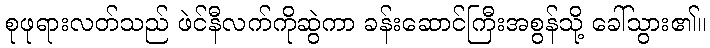
စုဖုရားလတ်သည် ဖဲင်နီလက်ကိုဆွဲကာ ခန်းဆောင်ကြီးအစွန်သို့ ခေါ်သွား၏။